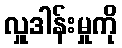
လှူဒါန်းမှုကို